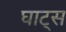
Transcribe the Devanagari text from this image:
घाट्स